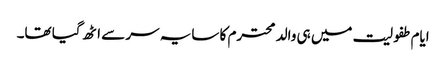
ایام طفولیت میں ہی والد محترم کا سایہ سر سے اٹھ گیا تھا۔